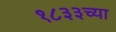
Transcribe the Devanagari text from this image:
१८३३च्या